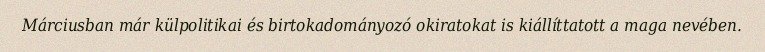
Márciusban már külpolitikai és birtokadományozó okiratokat is kiállíttatott a maga nevében.